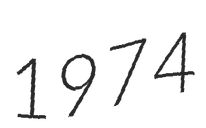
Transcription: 1974